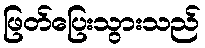
ဖြတ်ပြေးသွားသည်